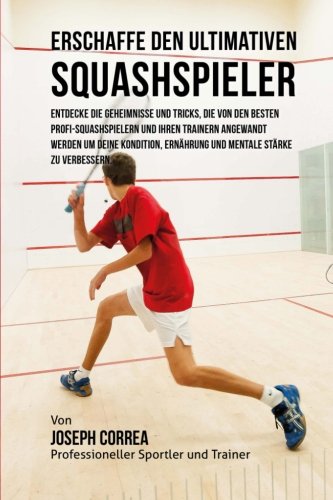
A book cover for Erschaffe den ultimativen Squashspieler: Entdecke die Geheimnisse und Tricks, die von den besten Profi-Squashspielern und ihren Trainern angewandt ... Starke zu verbessern. (German Edition); Joseph Correa (Profi-Sportler und Trainer); Sports & Outdoors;